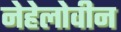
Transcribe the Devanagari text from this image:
नेहेलोवीन